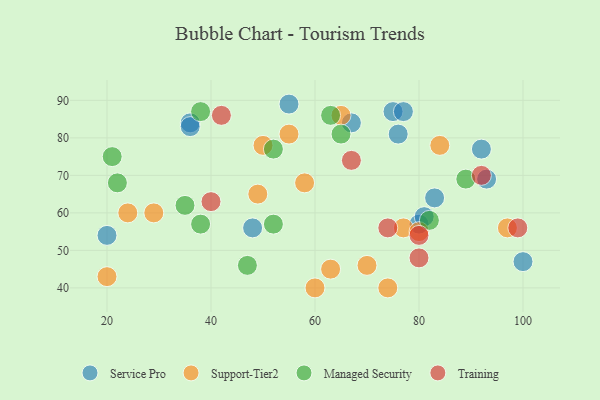
{"axis": {"x": "GDP", "y": "Life Expectancy"}, "legend": ["Managed Security", "Service Pro", "Support-Tier2", "Training"], "data": [{"x": "75", "y": 87, "type": "Service Pro"}, {"x": "55", "y": 89, "type": "Service Pro"}, {"x": "92", "y": 77, "type": "Service Pro"}, {"x": "83", "y": 64, "type": "Service Pro"}, {"x": "36", "y": 84, "type": "Service Pro"}, {"x": "36", "y": 83, "type": "Service Pro"}, {"x": "80", "y": 57, "type": "Service Pro"}, {"x": "76", "y": 81, "type": "Service Pro"}, {"x": "48", "y": 56, "type": "Service Pro"}, {"x": "77", "y": 87, "type": "Service Pro"}, {"x": "93", "y": 69, "type": "Service Pro"}, {"x": "81", "y": 59, "type": "Service Pro"}, {"x": "20", "y": 54, "type": "Service Pro"}, {"x": "100", "y": 47, "type": "Service Pro"}, {"x": "67", "y": 84, "type": "Service Pro"}, {"x": "50", "y": 78, "type": "Support-Tier2"}, {"x": "65", "y": 86, "type": "Support-Tier2"}, {"x": "49", "y": 65, "type": "Support-Tier2"}, {"x": "60", "y": 40, "type": "Support-Tier2"}, {"x": "24", "y": 60, "type": "Support-Tier2"}, {"x": "63", "y": 45, "type": "Support-Tier2"}, {"x": "20", "y": 43, "type": "Support-Tier2"}, {"x": "29", "y": 60, "type": "Support-Tier2"}, {"x": "77", "y": 56, "type": "Support-Tier2"}, {"x": "80", "y": 55, "type": "Support-Tier2"}, {"x": "97", "y": 56, "type": "Support-Tier2"}, {"x": "55", "y": 81, "type": "Support-Tier2"}, {"x": "70", "y": 46, "type": "Support-Tier2"}, {"x": "74", "y": 40, "type": "Support-Tier2"}, {"x": "58", "y": 68, "type": "Support-Tier2"}, {"x": "84", "y": 78, "type": "Support-Tier2"}, {"x": "47", "y": 46, "type": "Managed Security"}, {"x": "35", "y": 62, "type": "Managed Security"}, {"x": "38", "y": 57, "type": "Managed Security"}, {"x": "38", "y": 87, "type": "Managed Security"}, {"x": "63", "y": 86, "type": "Managed Security"}, {"x": "52", "y": 77, "type": "Managed Security"}, {"x": "21", "y": 75, "type": "Managed Security"}, {"x": "82", "y": 58, "type": "Managed Security"}, {"x": "52", "y": 57, "type": "Managed Security"}, {"x": "22", "y": 68, "type": "Managed Security"}, {"x": "89", "y": 69, "type": "Managed Security"}, {"x": "65", "y": 81, "type": "Managed Security"}, {"x": "99", "y": 56, "type": "Training"}, {"x": "74", "y": 56, "type": "Training"}, {"x": "42", "y": 86, "type": "Training"}, {"x": "67", "y": 74, "type": "Training"}, {"x": "92", "y": 70, "type": "Training"}, {"x": "80", "y": 48, "type": "Training"}, {"x": "40", "y": 63, "type": "Training"}, {"x": "80", "y": 54, "type": "Training"}]}